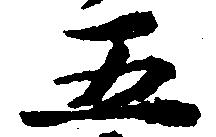
五